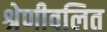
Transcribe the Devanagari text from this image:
श्रेणीवलित